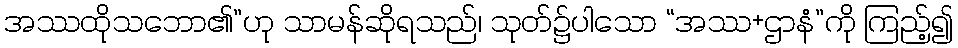
အဿထိုသဘော၏”ဟု သာမန်ဆိုရသည်၊ သုတ်၌ပါသော “အဿ+ဌာနံ”ကို ကြည့်၍